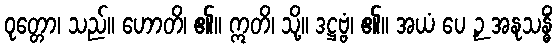
ဝုတ္တော၊ သည်။ ဟောတိ၊ ၏။ ဣတိ၊ သို့။ ဒဋ္ဌဗ္ဗံ၊ ၏။ အယံ ပေ ဉှ အနုသန္ဓိံ